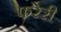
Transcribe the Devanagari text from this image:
फरेरी